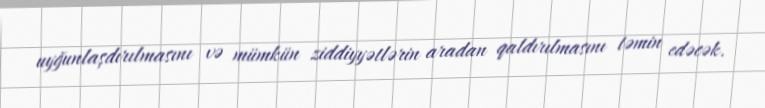
uyğunlaşdırılmasını və mümkün ziddiyyətlərin aradan qaldırılmasını təmin edəcək.